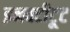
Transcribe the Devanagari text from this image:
इनक्टीटूट